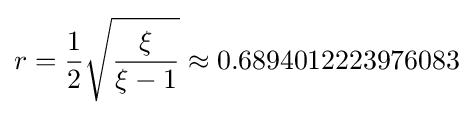
r={\frac {1}{2}}{\sqrt {\frac {\xi }{\xi -1}}}\approx 0.6894012223976083